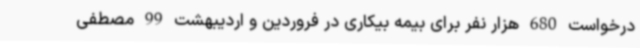
درخواست 680 هزار نفر برای بیمه بیکاری در فروردین و اردیبهشت 99 مصطفی